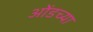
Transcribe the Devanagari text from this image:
ओंडच्या